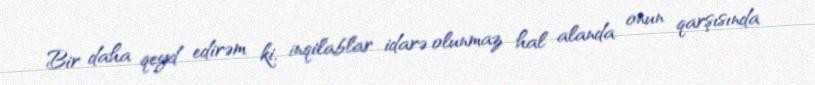
Bir daha qeyd edirəm ki, inqilablar idarə olunmaz hal alanda onun qarşısında